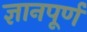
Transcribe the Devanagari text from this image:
ज्ञानपूर्ण